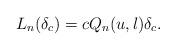
LaTeX: \begin{gather*}L_n(\delta_c)=cQ_n(u,l)\delta_c.\end{gather*}